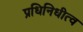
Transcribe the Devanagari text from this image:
प्रधिनिधीत्व